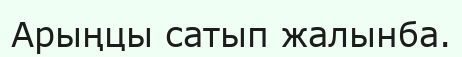
Арыңцы сатып жалынба.